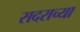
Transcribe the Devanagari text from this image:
सदराच्या